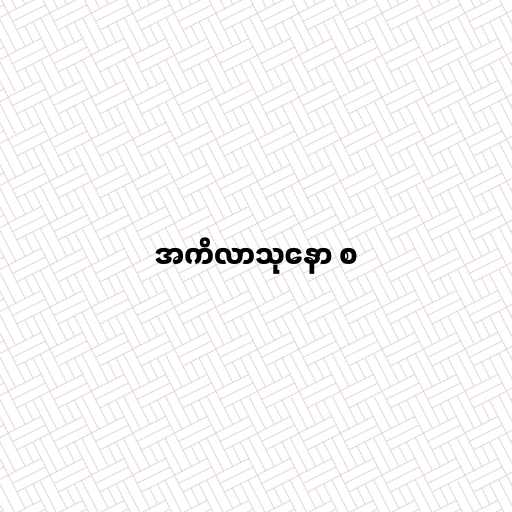
အကိလာသုနော စ